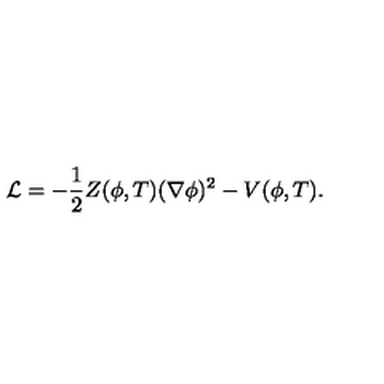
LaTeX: { \cal L } = - \frac { 1 } { 2 } Z ( \phi , T ) ( \nabla \phi ) ^ { 2 } - V ( \phi , T ) .